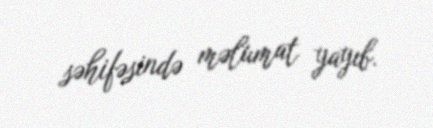
səhifəsində məlumat yayıb.